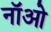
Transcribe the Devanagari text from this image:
नॉओ